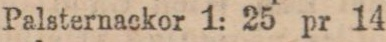
Palsternackor 1: 25 pr 14